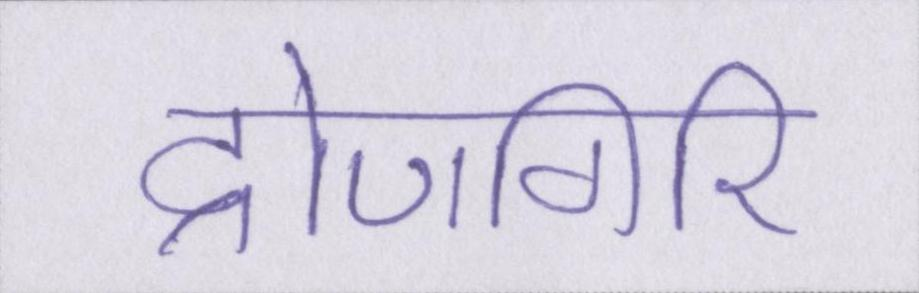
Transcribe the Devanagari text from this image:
द्रोणगिरि